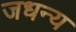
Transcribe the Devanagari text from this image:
जधन्य